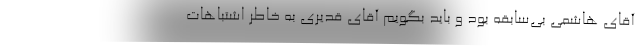
آقای هاشمی بی‌سابقه بود و باید بگویم آقای قدیری به خاطر اشتباهات